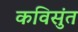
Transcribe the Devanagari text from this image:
कविसुंत